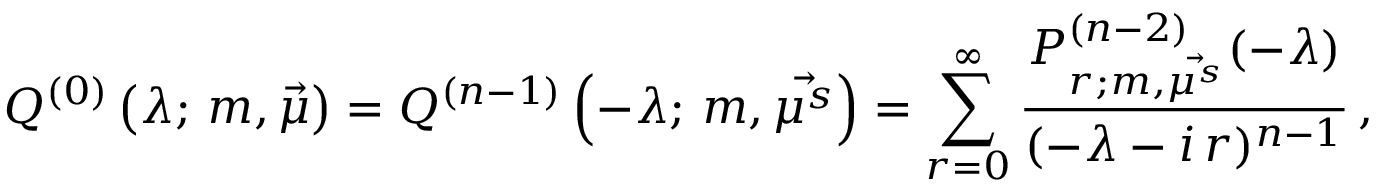
Q ^ { ( 0 ) } \left( \lambda ; \, m , \vec { \mu } \right) = Q ^ { ( n - 1 ) } \left( - \lambda ; \, m , \vec { \mu ^ { s } } \right) = \sum _ { r = 0 } ^ { \infty } \frac { P _ { r ; m , \vec { \mu ^ { s } } } ^ { ( n - 2 ) } ( - \lambda ) } { ( - \lambda - i \, r ) ^ { n - 1 } } \, ,